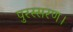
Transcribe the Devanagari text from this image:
पुरस्सरण।